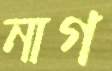
নাগ